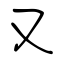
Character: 又